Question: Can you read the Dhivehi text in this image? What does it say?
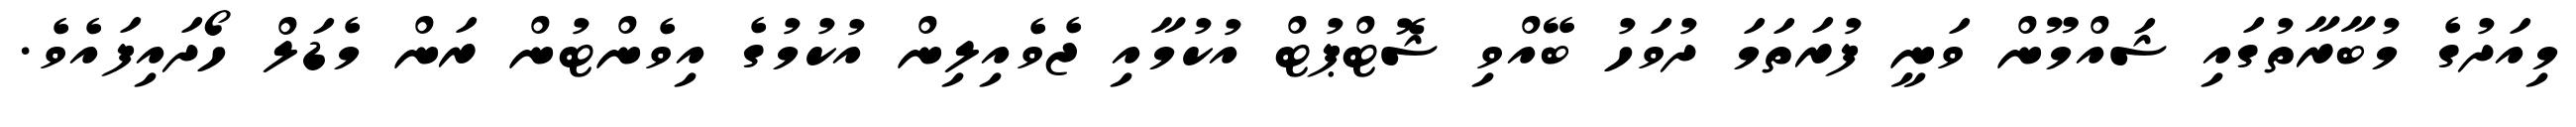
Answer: މިއަދުގެ މުބާރާތުގައި ޝައްމޫން ވަނީ ފުރަތަމަ ދުވަހު ބޭއްވި ޝޮޓްޕުޓް އުކުމާއި ޖެވެއިލިން އުކުމުގެ އިވެންޓުން ރަން މެޑަލް ހޯދައިފައެވެ.